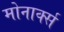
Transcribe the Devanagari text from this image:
मोनार्क्स